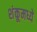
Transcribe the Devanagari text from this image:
शंकूमध्ये